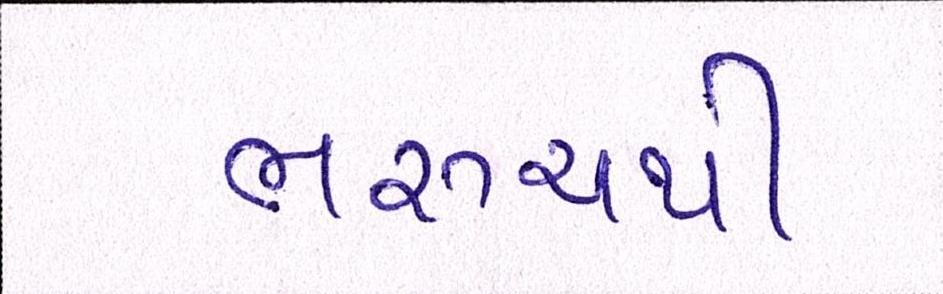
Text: ભરૂચથી